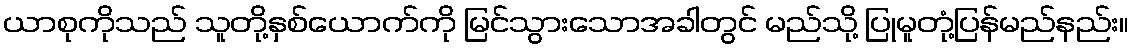
ယာစုကိုသည် သူတို့နှစ်ယောက်ကို မြင်သွားသောအခါတွင် မည်သို့ ပြုမူတုံ့ပြန်မည်နည်း။